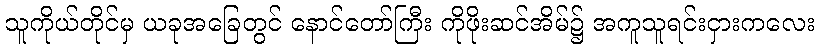
သူကိုယ်တိုင်မှ ယခုအခြေတွင် နောင်တော်ကြီး ကိုဖိုးဆင်အိမ်၌ အကူသူရင်းငှားကလေး